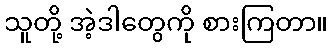
သူတို့ အဲ့ဒါတွေကို စားကြတာ။